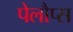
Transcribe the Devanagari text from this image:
पेलौप्स